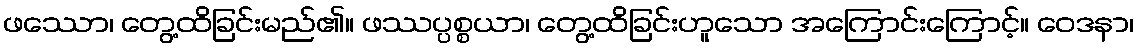
ဖဿော၊ တွေ့ထိခြင်းမည်၏။ ဖဿပ္ပစ္စယာ၊ တွေ့ထိခြင်းဟူသော အကြောင်းကြောင့်။ ဝေဒနာ၊